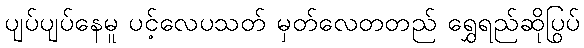
ပျပ်ပျပ်နေမူ ပင့်လေပသတ် မှတ်လေတတည် ရွှေရည်ဆိုပြွပ်